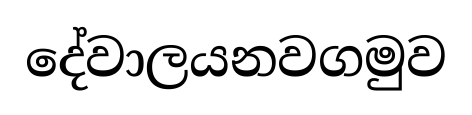
දේවාලයනවගමුව